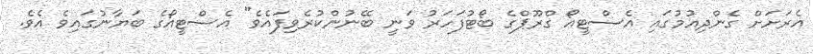
އެރަށަށް ގެންދިއުމުގައި އެސްޓީއޯ ގްރޫޕްގެ ބޯޓުފަހަރު ވަނީ ބޭނުންކުރެވިފައެވެ" އެސްޓީއޯގެ ބަޔާނުގައިވެ އެވެ.